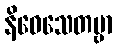
နိဝေသေတဗ္ဗာ